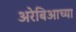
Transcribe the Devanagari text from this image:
अरेबिआच्या